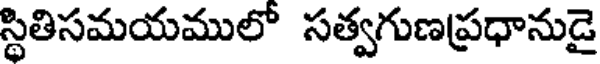
స్థితిసమయములో సత్వగుణప్రధానుడై